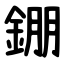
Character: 錋